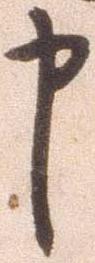
申